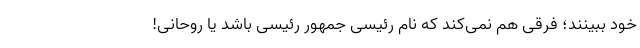
خود ببینند؛ فرقی هم نمی‌کند که نام رئیسی جمهور رئیسی باشد یا روحانی!